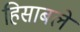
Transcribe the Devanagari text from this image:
हिसाबले